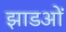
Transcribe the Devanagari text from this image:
झाडओं